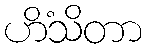
ဟိံသိတာ